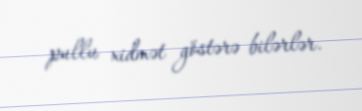
pullu xidmət göstərə bilərlər.